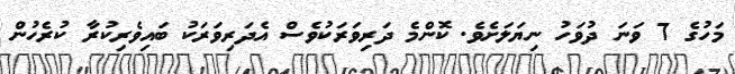
މަހުގެ 7 ވަނަ ދުވަހު ނިޔަލަށެވެ. ކޮންމެ ދަރިވަރަކުވެސް އެދަރިވަރަކު ބައިވެރިކުރާ ކުރެހުން